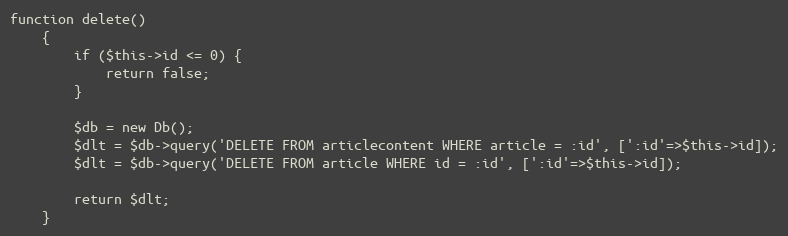
Language: PHP
function delete()
    {
        if ($this->id <= 0) {
            return false;
        }

        $db = new Db();
        $dlt = $db->query('DELETE FROM articlecontent WHERE article = :id', [':id'=>$this->id]);
        $dlt = $db->query('DELETE FROM article WHERE id = :id', [':id'=>$this->id]);

        return $dlt;
    }